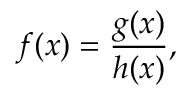
f ( x ) = { \frac { g ( x ) } { h ( x ) } } ,